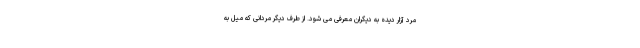
مرد آزار دیده به دیگران معرفی می شود. از طرف دیگر مردانی که میل به